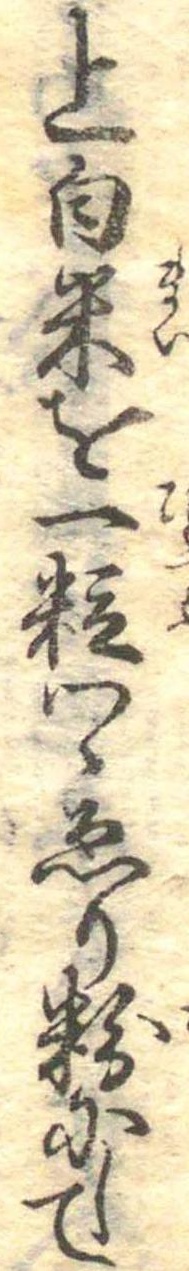
上白米を一粒つゝゑり粉にして